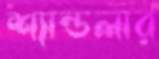
শ্যান্ডলার